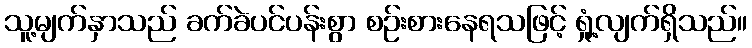
သူ့မျက်နှာသည် ခက်ခဲပင်ပန်းစွာ စဉ်းစားနေရသဖြင့် ရှုံ့လျက်ရှိသည်။